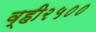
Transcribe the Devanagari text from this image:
व्ही२५००